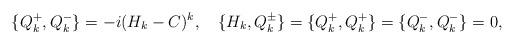
LaTeX: \begin{align*}\{Q^+_k,Q^-_k\}=-i(H_k-C)^k,\quad\{H_k,Q^\pm_k\}=\{Q^+_k,Q^+_k\}=\{Q^-_k,Q^-_k\}=0,\end{align*}